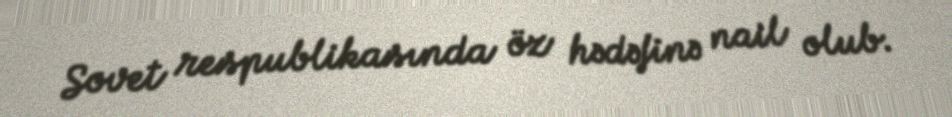
Sovet respublikasında öz hədəfinə nail olub.